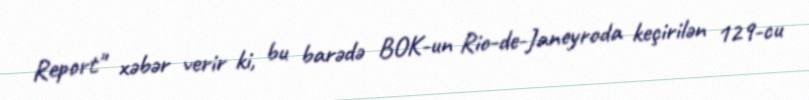
Report" xəbər verir ki, bu barədə BOK-un Rio-de-Janeyroda keçirilən 129-cu